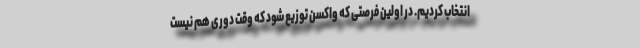
انتخاب کردیم. در اولین فرصتی که واکسن توزیع شود که وقت دوری هم نیست